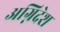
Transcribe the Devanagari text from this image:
अग्निदेश